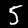
Digit: 5